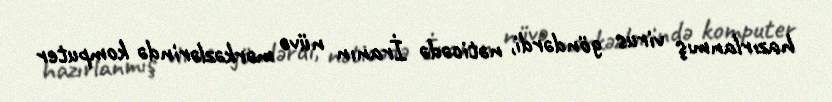
hazırlanmış virus göndərdi, nəticədə İranın nüvə mərkəzlərində komputer